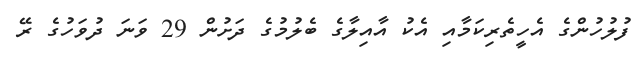
ފުލުހުންގެ އެހީތެރިކަމާއި އެކު އާއިލާގެ ބެލުމުގެ ދަށުން 29 ވަނަ ދުވަހުގެ ރޭ